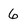
Character: 6